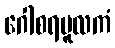
ဂေါစရမူလကံ